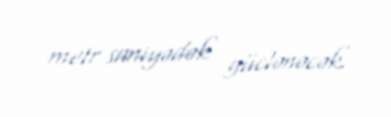
metr saniyədək güclənəcək.